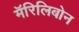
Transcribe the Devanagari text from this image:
मॅरिलिबोन